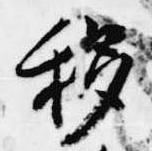
移